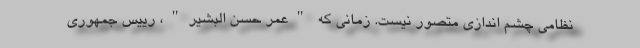
نظامی چشم اندازی متصور نیست. زمانی که "عمر حسن البشیر"، رییس جمهوری